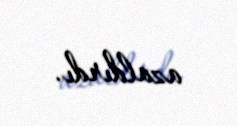
azaldırdı.